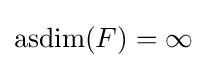
\operatorname {asdim} (F)=\infty